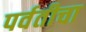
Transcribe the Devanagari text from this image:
पर्वतीचा